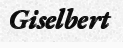
Giselbert